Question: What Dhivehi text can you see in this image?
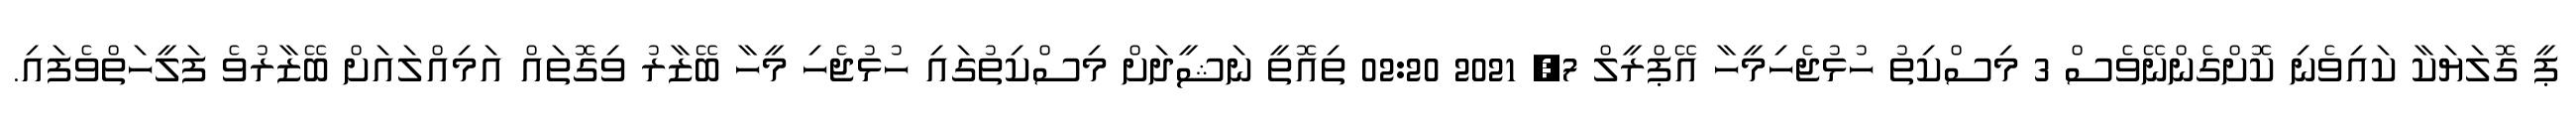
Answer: ޕީ ގޮލަޔަކާ ކައިވެނި ކޮށްގެންނޭވެސް 3 މިސްކިތު ހުޅުޖެހިމީހާ އޭޕްރީލް 7, 2021 02:20 ތިއޮތީ ނަޝީދަށް މިސްކިތުގައި ހުޅުޖެހި މީހާ ބޭޒާރު ވިގޮތައް އަމިއްލައަށް ބޭޒާރުވެ ފަލީހަތްވެފައި.